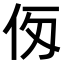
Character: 𠇢